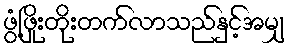
ဖွံ့ဖြိုးတိုးတက်လာသည်နှင့်အမျှ